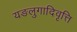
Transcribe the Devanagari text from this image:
यङलुगादिवृत्ति